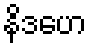
နိဒဟေ